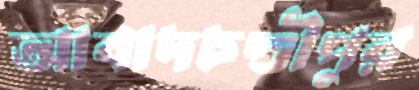
আবাদচণ্ডীপুর